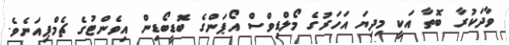
ވާދަކުރާ ބޮތާ އަކީ މިދިޔަ އަހަރުގެ މޯލްޑިވްސް އޯޕަންގެ ބޮޑީބޯޑިން އިވެންޓުގެ ޗެމްޕިއަނެވެ.